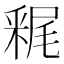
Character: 𲇀